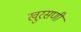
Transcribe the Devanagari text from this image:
खुरसणी